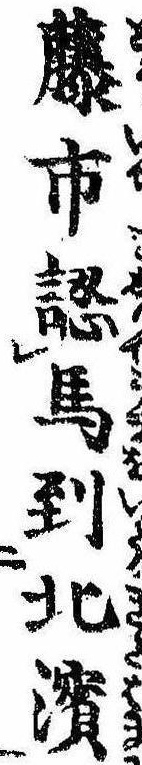
藤市認馬到北浜